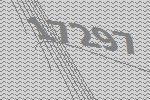
17297